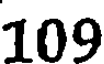
109